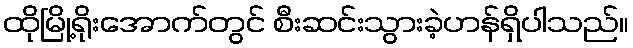
ထိုမြို့ရိုးအောက်တွင် စီးဆင်းသွားခဲ့ဟန်ရှိပါသည်။